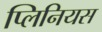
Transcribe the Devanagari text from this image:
प्लिनियस